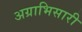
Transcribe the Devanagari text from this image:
अग्राभिसारी